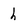
Character: h